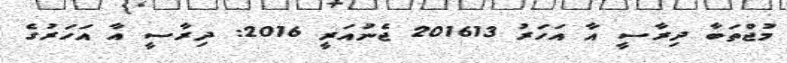
މުޖްތަބާ ދިރާސީ އާ އަހަރު 201613 ޖެނުއަރީ 2016: ދިރާސީ އާ އަހަރުގެ